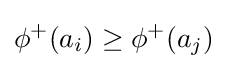
\phi ^{+}(a_{i})\geq \phi ^{+}(a_{j})